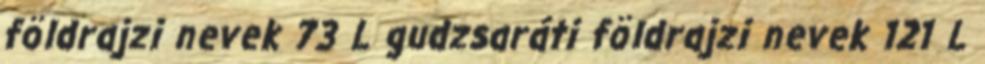
földrajzi nevek‎ 73 L gudzsaráti földrajzi nevek‎ 121 L